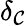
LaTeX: \delta_{\mathcal{C}}